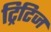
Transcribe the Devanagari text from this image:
ट्रिटिज